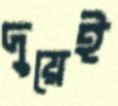
দুয়েই